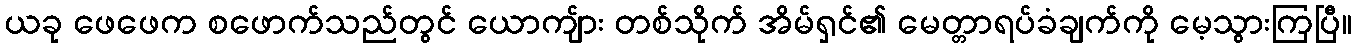
ယခု ဖေဖေက စဖောက်သည်တွင် ယောကျ်ား တစ်သိုက် အိမ်ရှင်၏ မေတ္တာရပ်ခံချက်ကို မေ့သွားကြပြီ။